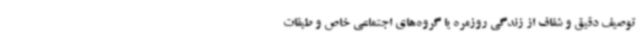
توصیف دقیق و شفاف از زندگی روزمره یا گروه‌های اجتماعی خاص و طبقات